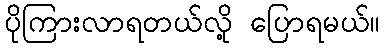
ပိုကြားလာရတယ်လို့ ပြောရမယ်။